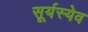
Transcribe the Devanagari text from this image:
सूर्यस्येव